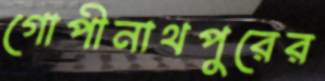
গোপীনাথপুরের